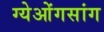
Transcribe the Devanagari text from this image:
ग्येओंगसांग